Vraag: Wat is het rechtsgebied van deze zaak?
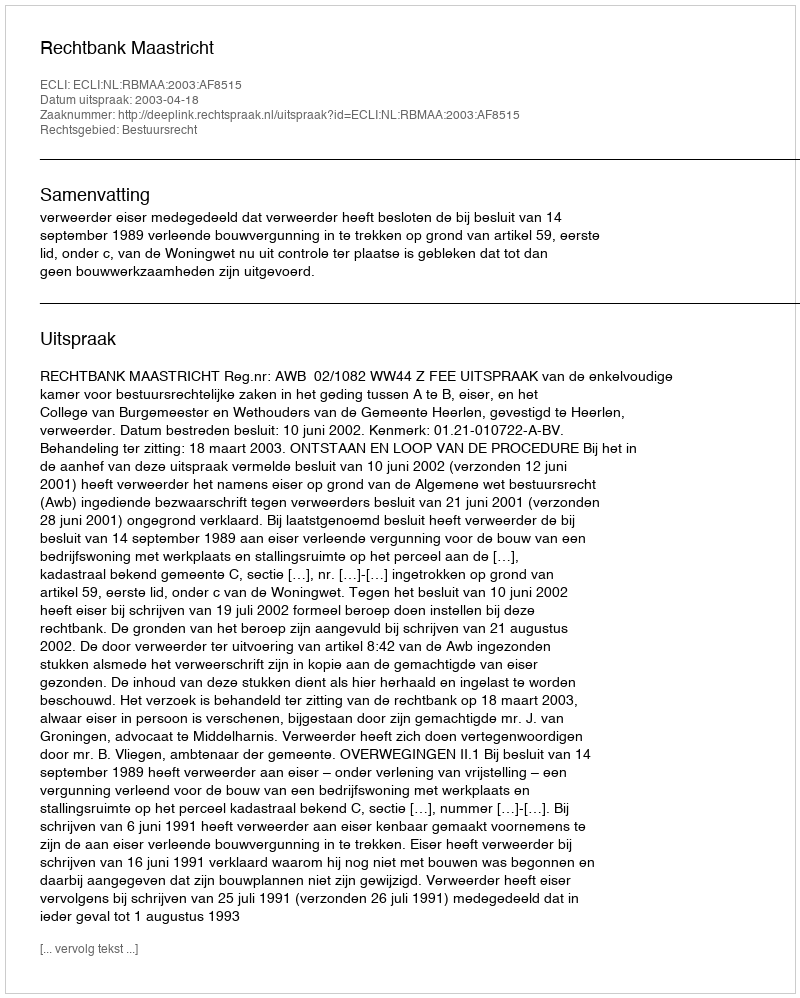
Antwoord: Bestuursrecht